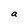
Character: a